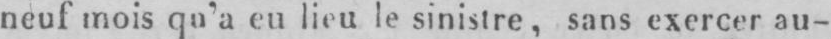
neuf mois qu’a eu lieu le sinistre sans exercer au-